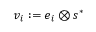
\boldsymbol { v } _ { i } : = \boldsymbol { e } _ { i } \otimes \boldsymbol { s } ^ { * }